system: You are a helpful assistant.
user:
Analyze the provided spectrum to determine if it is a **Carbon Star (C-type)**.

- **Key Visual Indicators of Carbon Star:**
    - **(Primary):** Strong molecular absorption from **C₂ (diatomic carbon) "Swan Bands."** This is the **defining feature** of a carbon star.
        - **(Key Bandheads):** Sharp absorption edges are visible at approximately $5635$ Å, $5165$ Å (the strongest band), and $4737$ Å.
        - **(Line Profile):** Creates a distinct **"saw-tooth"** pattern. The key morphology is a sharp, steep bandhead on the **red (long-wavelength) side**, which then gradually tapers off (i.e., flux recovers) towards the **blue (short-wavelength) side**. *(This is the direct opposite of the TiO bands seen in M-type stars)*.

    - **(Secondary):** Intense **CN (cyanogen)** molecular absorption bands.
        - **(Key Bandheads):** Located in the blue and violet regions of the spectrum (e.g., near $4215$ Å and $3883$ Å).
        - **(Morphology):** These bands are extremely broad and act as a "blanket," absorbing the vast majority of blue and violet light. This creates a characteristic **"cliff"** or **"steep drop-off"** in the spectrum's flux at short wavelengths.

    - **(Key Confirmation):** Strong **CH absorption band (G-band)**.
        - **(Key Bandhead):** Located around $4300$ Å. The contribution from CH molecules to this band is exceptionally strong.

    - **(Overall Spectrum):**
        - The continuum is severely "chopped up" by these deep molecular bands, especially C₂, rather than appearing as a smooth curve.
        - Due to the heavy CN and C₂ absorption in the blue-green, the vast majority of the star's flux is concentrated in the red part of the spectrum, giving the star its characteristic deep red color.

Think first, call **spectral_visualization_tool** if needed to examine features in detail, then provide your final answer. Your response must adhere to the following strict rules:
1.  **Overall Structure:** Your response must follow the format `<think>...</think> <tool_call>...</tool_call> (if a tool is used) <answer>...</answer>`.
2.  **Tool Usage Constraint:** You may only make **one** tool call per turn.
3.  **Final Answer Format:** In the `<answer>` tag, your conclusion must be inside a `\boxed{}` command (e.g., `\boxed{YES}`), followed by your justification.

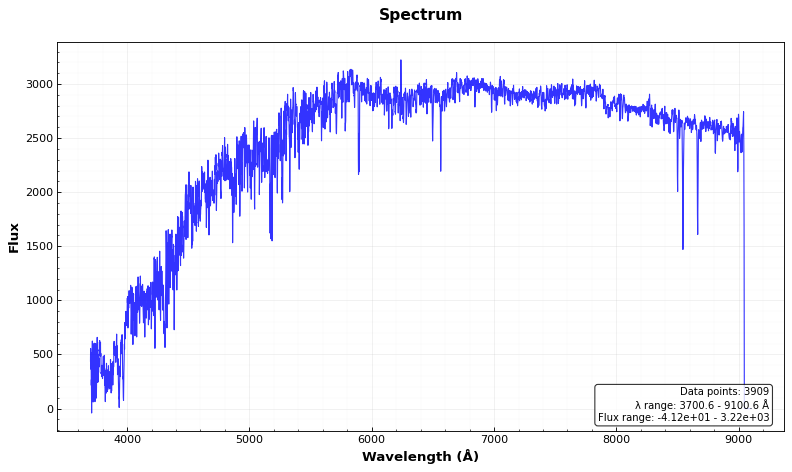
Answer: NO